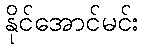
နိုင်အောင်မင်း